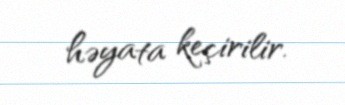
həyata keçirilir.